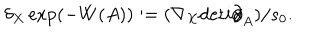
\delta _ { X } \exp ( - W ( A ) ) : = ( \nabla _ { X } \mathrm { d e t } i \partial \! \! \! / _ { A } ) / s _ { 0 } .